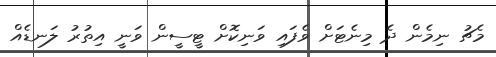
މެޗު ނިމެން ދެ މިނެޓަށް ވެފައި ވަނިކޮށް ޓީސީން ވަނީ އިތުރު ލަނޑެއް